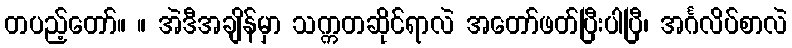
တပည့်တော်။ ။ အဲဒီအချိန်မှာ သက္ကတဆိုင်ရာလဲ အတော်ဖတ်ပြီးပါပြီ၊ အင်္ဂလိပ်စာလဲ